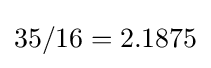
35/16=2.1875